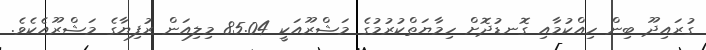
ގުރައިދޫ ބިން ހިއްކުމާއި ގޮނޑުދޮށް ހިމާޔަތްކުރުމުގެ މަޝްރޫއަކީ 85.04 މިލިއަން ރުފިޔާގެ މަޝްރޫއެކެވެ.